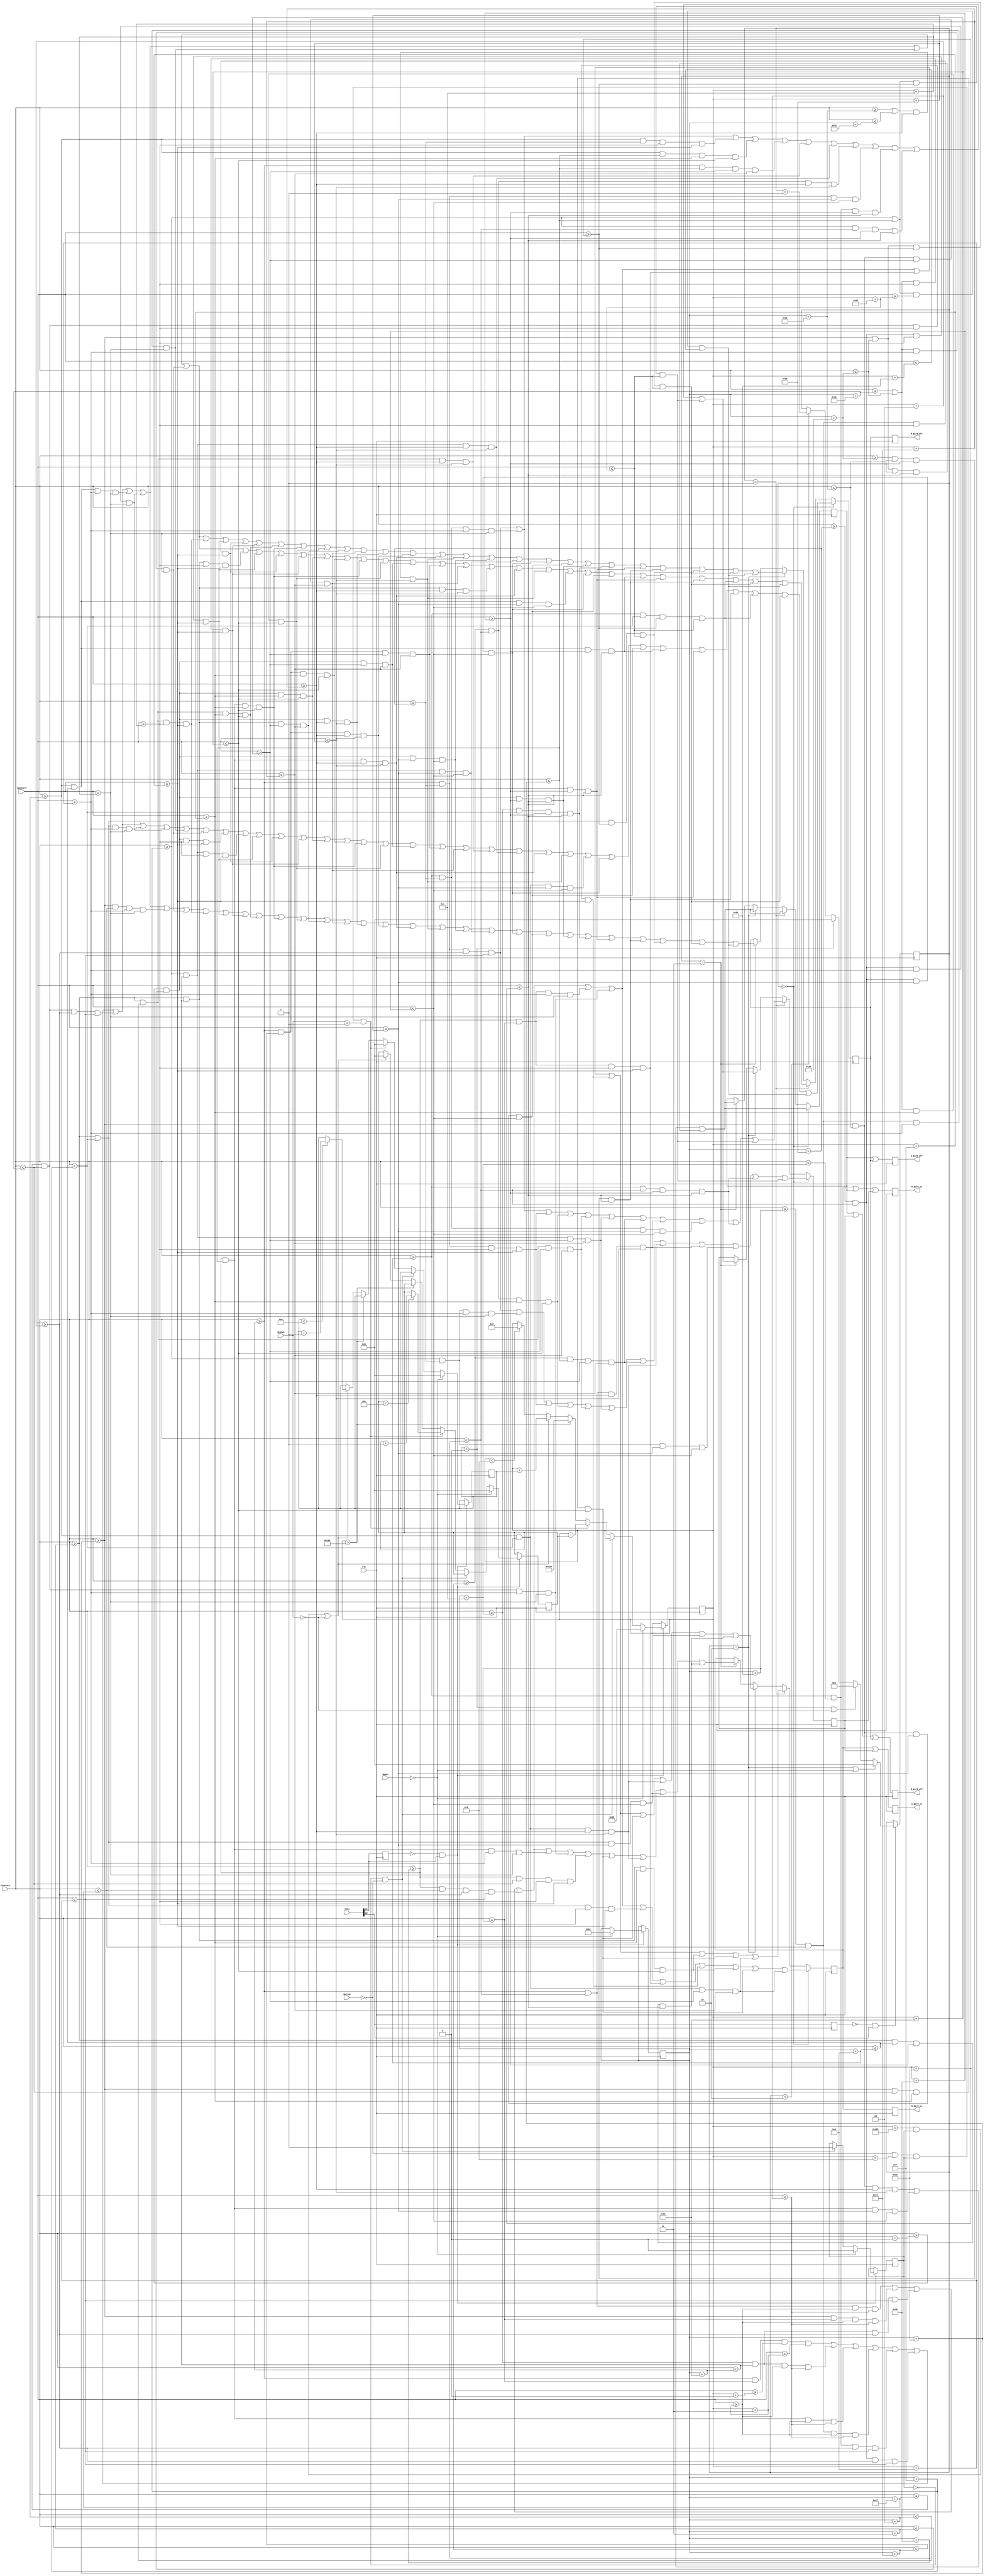
module DrawBird(input clk, input [24:0] Clks,Reset,CounterX,CounterY,Button,Status,output reg R_Bird_on,G_Bird_on,B_Bird_on,R_Bird_off,G_Bird_off,B_Bird_off);
//////////////////////////////////////////////////////////////////////////////////
reg [15:0] BirdPositionX = 100;
reg [15:0] BirdPositionY = 150;
reg [15:0] Gravity = 0;
reg [15:0] ForceUp = 0;
reg [15:0] BirdAnimation = 0;
reg Start = 0;

always @ (posedge clk) begin : bird1
	reg old_clks18;
	old_clks18 <= Clks[18];
	if (~old_clks18 && Clks[18]) begin
		if (!Reset)
		begin
		BirdPositionX <= 100;
		BirdPositionY <= 150;
		Gravity <= 0;
		ForceUp <= 0;
		Start <= 0;
		end
		else if (Start == 0 && !Button) Start <= 1;
		else if (!Button && BirdPositionY > 8 && Start == 1 && Status == 1)
			begin
			Gravity <= 0;
			BirdPositionY <= BirdPositionY - ForceUp;
			if (ForceUp<5) ForceUp <= ForceUp + 1'd1;
		end
		else if (BirdPositionY > 385) BirdPositionY <= 390;
		else if ((BirdPositionY < 390 && Start == 1) || Status == 0)
			begin
			ForceUp <= 0;
			BirdPositionY <= BirdPositionY + Gravity;
			if (Gravity<10) Gravity <= Gravity + 1'd1;
			end
		else if(BirdPositionY < 8) BirdPositionY <= 8;
	end
end
//////////////////////////////////////////////////////////////////////////////////
always @ (posedge clk) begin : bird2
	reg old_clk20;
	old_clk20 <= Clks[20];
	if (~old_clk20 && Clks[20]) begin
		if (BirdAnimation == 2 || !Reset) BirdAnimation <= 0;
		else if (Gravity > 0 && Status == 0) BirdAnimation <= 3;
		else if (Gravity > 0) BirdAnimation <= 0;
		else if (BirdAnimation < 2) BirdAnimation <= BirdAnimation + 1'd1;
	end
end
//////////////////////////////////////////////////////////////////////////////////
reg BirdBlack,BirdWhite,BirdYellow,BirdRed;
always @ (posedge clk)
begin
if (BirdAnimation == 0)
begin
BirdBlack <= (CounterX>=BirdPositionX+18) && (CounterX<=BirdPositionX+36) && (CounterY>=BirdPositionY+0) && (CounterY<=BirdPositionY+3)

||          (CounterX>=BirdPositionX+12) && (CounterX<=BirdPositionX+18) && (CounterY>=BirdPositionY+3) && (CounterY<=BirdPositionY+6)
||          (CounterX>=BirdPositionX+27) && (CounterX<=BirdPositionX+30) && (CounterY>=BirdPositionY+3) && (CounterY<=BirdPositionY+6)
||          (CounterX>=BirdPositionX+36) && (CounterX<=BirdPositionX+39) && (CounterY>=BirdPositionY+3) && (CounterY<=BirdPositionY+6)

||	(CounterX>=BirdPositionX+9) && (CounterX<=BirdPositionX+12) && (CounterY>=BirdPositionY+6) && (CounterY<=BirdPositionY+9)
||	(CounterX>=BirdPositionX+24) && (CounterX<=BirdPositionX+27) && (CounterY>=BirdPositionY+6) && (CounterY<=BirdPositionY+9)
||	(CounterX>=BirdPositionX+39) && (CounterX<=BirdPositionX+42) && (CounterY>=BirdPositionY+6) && (CounterY<=BirdPositionY+9)

||	(CounterX>=BirdPositionX+3) && (CounterX<=BirdPositionX+15) && (CounterY>=BirdPositionY+9) && (CounterY<=BirdPositionY+12)
||	(CounterX>=BirdPositionX+24) && (CounterX<=BirdPositionX+27) && (CounterY>=BirdPositionY+9) && (CounterY<=BirdPositionY+12)
||	(CounterX>=BirdPositionX+36) && (CounterX<=BirdPositionX+39) && (CounterY>=BirdPositionY+9) && (CounterY<=BirdPositionY+12)
||	(CounterX>=BirdPositionX+42) && (CounterX<=BirdPositionX+45) && (CounterY>=BirdPositionY+9) && (CounterY<=BirdPositionY+12)

||	(CounterX>=BirdPositionX+0) && (CounterX<=BirdPositionX+3) && (CounterY>=BirdPositionY+12) && (CounterY<=BirdPositionY+15)
||	(CounterX>=BirdPositionX+15) && (CounterX<=BirdPositionX+18) && (CounterY>=BirdPositionY+12) && (CounterY<=BirdPositionY+15)
||	(CounterX>=BirdPositionX+24) && (CounterX<=BirdPositionX+27) && (CounterY>=BirdPositionY+12) && (CounterY<=BirdPositionY+15)
||	(CounterX>=BirdPositionX+36) && (CounterX<=BirdPositionX+39) && (CounterY>=BirdPositionY+12) && (CounterY<=BirdPositionY+15)
||	(CounterX>=BirdPositionX+42) && (CounterX<=BirdPositionX+45) && (CounterY>=BirdPositionY+12) && (CounterY<=BirdPositionY+15)

||	(CounterX>=BirdPositionX+0) && (CounterX<=BirdPositionX+3) && (CounterY>=BirdPositionY+15) && (CounterY<=BirdPositionY+18)
||	(CounterX>=BirdPositionX+18) && (CounterX<=BirdPositionX+21) && (CounterY>=BirdPositionY+15) && (CounterY<=BirdPositionY+18)
||	(CounterX>=BirdPositionX+27) && (CounterX<=BirdPositionX+30) && (CounterY>=BirdPositionY+15) && (CounterY<=BirdPositionY+18)
||	(CounterX>=BirdPositionX+42) && (CounterX<=BirdPositionX+45) && (CounterY>=BirdPositionY+15) && (CounterY<=BirdPositionY+18)

||	(CounterX>=BirdPositionX+0) && (CounterX<=BirdPositionX+3) && (CounterY>=BirdPositionY+18) && (CounterY<=BirdPositionY+21)
||	(CounterX>=BirdPositionX+18) && (CounterX<=BirdPositionX+21) && (CounterY>=BirdPositionY+18) && (CounterY<=BirdPositionY+21)
||	(CounterX>=BirdPositionX+30) && (CounterX<=BirdPositionX+48) && (CounterY>=BirdPositionY+18) && (CounterY<=BirdPositionY+21)

||	(CounterX>=BirdPositionX+3) && (CounterX<=BirdPositionX+6) && (CounterY>=BirdPositionY+21) && (CounterY<=BirdPositionY+24)
||	(CounterX>=BirdPositionX+15) && (CounterX<=BirdPositionX+18) && (CounterY>=BirdPositionY+21) && (CounterY<=BirdPositionY+24)
||	(CounterX>=BirdPositionX+27) && (CounterX<=BirdPositionX+30) && (CounterY>=BirdPositionY+21) && (CounterY<=BirdPositionY+24)
||	(CounterX>=BirdPositionX+48) && (CounterX<=BirdPositionX+51) && (CounterY>=BirdPositionY+21) && (CounterY<=BirdPositionY+24)

||	(CounterX>=BirdPositionX+6) && (CounterX<=BirdPositionX+15) && (CounterY>=BirdPositionY+24) && (CounterY<=BirdPositionY+27)
||	(CounterX>=BirdPositionX+24) && (CounterX<=BirdPositionX+27) && (CounterY>=BirdPositionY+24) && (CounterY<=BirdPositionY+27)
||	(CounterX>=BirdPositionX+30) && (CounterX<=BirdPositionX+48) && (CounterY>=BirdPositionY+24) && (CounterY<=BirdPositionY+27)

||	(CounterX>=BirdPositionX+6) && (CounterX<=BirdPositionX+9) && (CounterY>=BirdPositionY+27) && (CounterY<=BirdPositionY+30)
||	(CounterX>=BirdPositionX+27) && (CounterX<=BirdPositionX+30) && (CounterY>=BirdPositionY+27) && (CounterY<=BirdPositionY+30)
||	(CounterX>=BirdPositionX+45) && (CounterX<=BirdPositionX+48) && (CounterY>=BirdPositionY+27) && (CounterY<=BirdPositionY+30)

||	(CounterX>=BirdPositionX+9) && (CounterX<=BirdPositionX+15) && (CounterY>=BirdPositionY+30) && (CounterY<=BirdPositionY+33)
||	(CounterX>=BirdPositionX+30) && (CounterX<=BirdPositionX+45) && (CounterY>=BirdPositionY+30) && (CounterY<=BirdPositionY+33)

||	(CounterX>=BirdPositionX+15) && (CounterX<=BirdPositionX+30) && (CounterY>=BirdPositionY+33) && (CounterY<=BirdPositionY+36);

BirdWhite <= (CounterX>=BirdPositionX+18) && (CounterX<=BirdPositionX+27) && (CounterY>=BirdPositionY+3) && (CounterY<=BirdPositionY+6)
||          (CounterX>=BirdPositionX+30) && (CounterX<=BirdPositionX+36) && (CounterY>=BirdPositionY+3) && (CounterY<=BirdPositionY+6)

||          (CounterX>=BirdPositionX+12) && (CounterX<=BirdPositionX+18) && (CounterY>=BirdPositionY+6) && (CounterY<=BirdPositionY+9)
||          (CounterX>=BirdPositionX+27) && (CounterX<=BirdPositionX+39) && (CounterY>=BirdPositionY+6) && (CounterY<=BirdPositionY+9)

||          (CounterX>=BirdPositionX+27) && (CounterX<=BirdPositionX+36) && (CounterY>=BirdPositionY+9) && (CounterY<=BirdPositionY+12)
||          (CounterX>=BirdPositionX+39) && (CounterX<=BirdPositionX+42) && (CounterY>=BirdPositionY+9) && (CounterY<=BirdPositionY+12)

||          (CounterX>=BirdPositionX+3) && (CounterX<=BirdPositionX+15) && (CounterY>=BirdPositionY+12) && (CounterY<=BirdPositionY+15)
||          (CounterX>=BirdPositionX+27) && (CounterX<=BirdPositionX+36) && (CounterY>=BirdPositionY+12) && (CounterY<=BirdPositionY+15)
||          (CounterX>=BirdPositionX+39) && (CounterX<=BirdPositionX+42) && (CounterY>=BirdPositionY+12) && (CounterY<=BirdPositionY+15)

||          (CounterX>=BirdPositionX+3) && (CounterX<=BirdPositionX+18) && (CounterY>=BirdPositionY+15) && (CounterY<=BirdPositionY+18)
||          (CounterX>=BirdPositionX+30) && (CounterX<=BirdPositionX+42) && (CounterY>=BirdPositionY+15) && (CounterY<=BirdPositionY+18)

||          (CounterX>=BirdPositionX+6) && (CounterX<=BirdPositionX+15) && (CounterY>=BirdPositionY+18) && (CounterY<=BirdPositionY+21);

BirdYellow <= (CounterX>=BirdPositionX+18) && (CounterX<=BirdPositionX+24) && (CounterY>=BirdPositionY+6) && (CounterY<=BirdPositionY+9)

||          (CounterX>=BirdPositionX+15) && (CounterX<=BirdPositionX+24) && (CounterY>=BirdPositionY+9) && (CounterY<=BirdPositionY+12)

||          (CounterX>=BirdPositionX+18) && (CounterX<=BirdPositionX+24) && (CounterY>=BirdPositionY+12) && (CounterY<=BirdPositionY+15)

||          (CounterX>=BirdPositionX+21) && (CounterX<=BirdPositionX+27) && (CounterY>=BirdPositionY+15) && (CounterY<=BirdPositionY+18)

||          (CounterX>=BirdPositionX+3) && (CounterX<=BirdPositionX+6) && (CounterY>=BirdPositionY+18) && (CounterY<=BirdPositionY+21)
||          (CounterX>=BirdPositionX+15) && (CounterX<=BirdPositionX+18) && (CounterY>=BirdPositionY+18) && (CounterY<=BirdPositionY+21)
||          (CounterX>=BirdPositionX+21) && (CounterX<=BirdPositionX+30) && (CounterY>=BirdPositionY+18) && (CounterY<=BirdPositionY+21)

||          (CounterX>=BirdPositionX+6) && (CounterX<=BirdPositionX+15) && (CounterY>=BirdPositionY+21) && (CounterY<=BirdPositionY+24)
||          (CounterX>=BirdPositionX+18) && (CounterX<=BirdPositionX+27) && (CounterY>=BirdPositionY+21) && (CounterY<=BirdPositionY+24)

||          (CounterX>=BirdPositionX+15) && (CounterX<=BirdPositionX+24) && (CounterY>=BirdPositionY+24) && (CounterY<=BirdPositionY+27)

||          (CounterX>=BirdPositionX+9) && (CounterX<=BirdPositionX+27) && (CounterY>=BirdPositionY+27) && (CounterY<=BirdPositionY+30)

||          (CounterX>=BirdPositionX+15) && (CounterX<=BirdPositionX+30) && (CounterY>=BirdPositionY+30) && (CounterY<=BirdPositionY+33);

BirdRed <= (CounterX>=BirdPositionX+30) && (CounterX<=BirdPositionX+48) && (CounterY>=BirdPositionY+21) && (CounterY<=BirdPositionY+24)

||          (CounterX>=BirdPositionX+27) && (CounterX<=BirdPositionX+30) && (CounterY>=BirdPositionY+24) && (CounterY<=BirdPositionY+27)

||          (CounterX>=BirdPositionX+30) && (CounterX<=BirdPositionX+45) && (CounterY>=BirdPositionY+27) && (CounterY<=BirdPositionY+30);
end

///////////////////////////////////////////////////////////////////////////////////////////////////////////////////////////////////////////

else if (BirdAnimation == 1)
begin
BirdBlack <= (CounterX>=BirdPositionX+18) && (CounterX<=BirdPositionX+36) && (CounterY>=BirdPositionY+0) && (CounterY<=BirdPositionY+3)

||          (CounterX>=BirdPositionX+12) && (CounterX<=BirdPositionX+18) && (CounterY>=BirdPositionY+3) && (CounterY<=BirdPositionY+6)
||          (CounterX>=BirdPositionX+27) && (CounterX<=BirdPositionX+30) && (CounterY>=BirdPositionY+3) && (CounterY<=BirdPositionY+6)
||          (CounterX>=BirdPositionX+36) && (CounterX<=BirdPositionX+39) && (CounterY>=BirdPositionY+3) && (CounterY<=BirdPositionY+6)

||	(CounterX>=BirdPositionX+9) && (CounterX<=BirdPositionX+12) && (CounterY>=BirdPositionY+6) && (CounterY<=BirdPositionY+9)
||	(CounterX>=BirdPositionX+24) && (CounterX<=BirdPositionX+27) && (CounterY>=BirdPositionY+6) && (CounterY<=BirdPositionY+9)
||	(CounterX>=BirdPositionX+39) && (CounterX<=BirdPositionX+42) && (CounterY>=BirdPositionY+6) && (CounterY<=BirdPositionY+9)

||	(CounterX>=BirdPositionX+6) && (CounterX<=BirdPositionX+9) && (CounterY>=BirdPositionY+9) && (CounterY<=BirdPositionY+12)
||	(CounterX>=BirdPositionX+24) && (CounterX<=BirdPositionX+27) && (CounterY>=BirdPositionY+9) && (CounterY<=BirdPositionY+12)
||	(CounterX>=BirdPositionX+36) && (CounterX<=BirdPositionX+39) && (CounterY>=BirdPositionY+9) && (CounterY<=BirdPositionY+12)
||	(CounterX>=BirdPositionX+42) && (CounterX<=BirdPositionX+45) && (CounterY>=BirdPositionY+9) && (CounterY<=BirdPositionY+12)

||	(CounterX>=BirdPositionX+3) && (CounterX<=BirdPositionX+18) && (CounterY>=BirdPositionY+12) && (CounterY<=BirdPositionY+15)
||	(CounterX>=BirdPositionX+24) && (CounterX<=BirdPositionX+27) && (CounterY>=BirdPositionY+12) && (CounterY<=BirdPositionY+15)
||	(CounterX>=BirdPositionX+36) && (CounterX<=BirdPositionX+39) && (CounterY>=BirdPositionY+12) && (CounterY<=BirdPositionY+15)
||	(CounterX>=BirdPositionX+42) && (CounterX<=BirdPositionX+45) && (CounterY>=BirdPositionY+12) && (CounterY<=BirdPositionY+15)

||	(CounterX>=BirdPositionX+0) && (CounterX<=BirdPositionX+3) && (CounterY>=BirdPositionY+15) && (CounterY<=BirdPositionY+18)
||	(CounterX>=BirdPositionX+18) && (CounterX<=BirdPositionX+21) && (CounterY>=BirdPositionY+15) && (CounterY<=BirdPositionY+18)
||	(CounterX>=BirdPositionX+27) && (CounterX<=BirdPositionX+30) && (CounterY>=BirdPositionY+15) && (CounterY<=BirdPositionY+18)
||	(CounterX>=BirdPositionX+42) && (CounterX<=BirdPositionX+45) && (CounterY>=BirdPositionY+15) && (CounterY<=BirdPositionY+18)

||	(CounterX>=BirdPositionX+0) && (CounterX<=BirdPositionX+3) && (CounterY>=BirdPositionY+18) && (CounterY<=BirdPositionY+21)
||	(CounterX>=BirdPositionX+18) && (CounterX<=BirdPositionX+21) && (CounterY>=BirdPositionY+18) && (CounterY<=BirdPositionY+21)
||	(CounterX>=BirdPositionX+30) && (CounterX<=BirdPositionX+48) && (CounterY>=BirdPositionY+18) && (CounterY<=BirdPositionY+21)

||	(CounterX>=BirdPositionX+3) && (CounterX<=BirdPositionX+18) && (CounterY>=BirdPositionY+21) && (CounterY<=BirdPositionY+24)
||	(CounterX>=BirdPositionX+27) && (CounterX<=BirdPositionX+30) && (CounterY>=BirdPositionY+21) && (CounterY<=BirdPositionY+24)
||	(CounterX>=BirdPositionX+48) && (CounterX<=BirdPositionX+51) && (CounterY>=BirdPositionY+21) && (CounterY<=BirdPositionY+24)

||	(CounterX>=BirdPositionX+6) && (CounterX<=BirdPositionX+9) && (CounterY>=BirdPositionY+24) && (CounterY<=BirdPositionY+27)
||	(CounterX>=BirdPositionX+24) && (CounterX<=BirdPositionX+27) && (CounterY>=BirdPositionY+24) && (CounterY<=BirdPositionY+27)
||	(CounterX>=BirdPositionX+30) && (CounterX<=BirdPositionX+48) && (CounterY>=BirdPositionY+24) && (CounterY<=BirdPositionY+27)

||	(CounterX>=BirdPositionX+6) && (CounterX<=BirdPositionX+9) && (CounterY>=BirdPositionY+27) && (CounterY<=BirdPositionY+30)
||	(CounterX>=BirdPositionX+27) && (CounterX<=BirdPositionX+30) && (CounterY>=BirdPositionY+27) && (CounterY<=BirdPositionY+30)
||	(CounterX>=BirdPositionX+45) && (CounterX<=BirdPositionX+48) && (CounterY>=BirdPositionY+27) && (CounterY<=BirdPositionY+30)

||	(CounterX>=BirdPositionX+9) && (CounterX<=BirdPositionX+15) && (CounterY>=BirdPositionY+30) && (CounterY<=BirdPositionY+33)
||	(CounterX>=BirdPositionX+30) && (CounterX<=BirdPositionX+45) && (CounterY>=BirdPositionY+30) && (CounterY<=BirdPositionY+33)

||	(CounterX>=BirdPositionX+15) && (CounterX<=BirdPositionX+30) && (CounterY>=BirdPositionY+33) && (CounterY<=BirdPositionY+36);

BirdWhite <= (CounterX>=BirdPositionX+18) && (CounterX<=BirdPositionX+27) && (CounterY>=BirdPositionY+3) && (CounterY<=BirdPositionY+6)
||          (CounterX>=BirdPositionX+30) && (CounterX<=BirdPositionX+36) && (CounterY>=BirdPositionY+3) && (CounterY<=BirdPositionY+6)

||          (CounterX>=BirdPositionX+12) && (CounterX<=BirdPositionX+18) && (CounterY>=BirdPositionY+6) && (CounterY<=BirdPositionY+9)
||          (CounterX>=BirdPositionX+27) && (CounterX<=BirdPositionX+39) && (CounterY>=BirdPositionY+6) && (CounterY<=BirdPositionY+9)

||          (CounterX>=BirdPositionX+27) && (CounterX<=BirdPositionX+36) && (CounterY>=BirdPositionY+9) && (CounterY<=BirdPositionY+12)
||          (CounterX>=BirdPositionX+39) && (CounterX<=BirdPositionX+42) && (CounterY>=BirdPositionY+9) && (CounterY<=BirdPositionY+12)

||          (CounterX>=BirdPositionX+27) && (CounterX<=BirdPositionX+36) && (CounterY>=BirdPositionY+12) && (CounterY<=BirdPositionY+15)
||          (CounterX>=BirdPositionX+39) && (CounterX<=BirdPositionX+42) && (CounterY>=BirdPositionY+12) && (CounterY<=BirdPositionY+15)

||          (CounterX>=BirdPositionX+3) && (CounterX<=BirdPositionX+18) && (CounterY>=BirdPositionY+15) && (CounterY<=BirdPositionY+18)
||          (CounterX>=BirdPositionX+30) && (CounterX<=BirdPositionX+42) && (CounterY>=BirdPositionY+15) && (CounterY<=BirdPositionY+18)

||          (CounterX>=BirdPositionX+6) && (CounterX<=BirdPositionX+15) && (CounterY>=BirdPositionY+18) && (CounterY<=BirdPositionY+21);

BirdYellow <= (CounterX>=BirdPositionX+18) && (CounterX<=BirdPositionX+24) && (CounterY>=BirdPositionY+6) && (CounterY<=BirdPositionY+9)

||          (CounterX>=BirdPositionX+9) && (CounterX<=BirdPositionX+24) && (CounterY>=BirdPositionY+9) && (CounterY<=BirdPositionY+12)

||          (CounterX>=BirdPositionX+18) && (CounterX<=BirdPositionX+24) && (CounterY>=BirdPositionY+12) && (CounterY<=BirdPositionY+15)

||          (CounterX>=BirdPositionX+21) && (CounterX<=BirdPositionX+27) && (CounterY>=BirdPositionY+15) && (CounterY<=BirdPositionY+18)

||          (CounterX>=BirdPositionX+3) && (CounterX<=BirdPositionX+6) && (CounterY>=BirdPositionY+18) && (CounterY<=BirdPositionY+21)
||          (CounterX>=BirdPositionX+15) && (CounterX<=BirdPositionX+18) && (CounterY>=BirdPositionY+18) && (CounterY<=BirdPositionY+21)
||          (CounterX>=BirdPositionX+21) && (CounterX<=BirdPositionX+30) && (CounterY>=BirdPositionY+18) && (CounterY<=BirdPositionY+21)

||          (CounterX>=BirdPositionX+18) && (CounterX<=BirdPositionX+27) && (CounterY>=BirdPositionY+21) && (CounterY<=BirdPositionY+24)

||          (CounterX>=BirdPositionX+9) && (CounterX<=BirdPositionX+24) && (CounterY>=BirdPositionY+24) && (CounterY<=BirdPositionY+27)

||          (CounterX>=BirdPositionX+9) && (CounterX<=BirdPositionX+27) && (CounterY>=BirdPositionY+27) && (CounterY<=BirdPositionY+30)

||          (CounterX>=BirdPositionX+15) && (CounterX<=BirdPositionX+30) && (CounterY>=BirdPositionY+30) && (CounterY<=BirdPositionY+33);

BirdRed <= (CounterX>=BirdPositionX+30) && (CounterX<=BirdPositionX+48) && (CounterY>=BirdPositionY+21) && (CounterY<=BirdPositionY+24)

||          (CounterX>=BirdPositionX+27) && (CounterX<=BirdPositionX+30) && (CounterY>=BirdPositionY+24) && (CounterY<=BirdPositionY+27)

||          (CounterX>=BirdPositionX+30) && (CounterX<=BirdPositionX+45) && (CounterY>=BirdPositionY+27) && (CounterY<=BirdPositionY+30);
end

////////////////////////////////////////////////////////////////////////////////////////////////////////////////////////////////////////////
else if (BirdAnimation==2)begin
BirdBlack <= (CounterX>=BirdPositionX+18) && (CounterX<=BirdPositionX+36) && (CounterY>=BirdPositionY+0) && (CounterY<=BirdPositionY+3)

||          (CounterX>=BirdPositionX+12) && (CounterX<=BirdPositionX+18) && (CounterY>=BirdPositionY+3) && (CounterY<=BirdPositionY+6)
||          (CounterX>=BirdPositionX+27) && (CounterX<=BirdPositionX+30) && (CounterY>=BirdPositionY+3) && (CounterY<=BirdPositionY+6)
||          (CounterX>=BirdPositionX+36) && (CounterX<=BirdPositionX+39) && (CounterY>=BirdPositionY+3) && (CounterY<=BirdPositionY+6)

||	(CounterX>=BirdPositionX+9) && (CounterX<=BirdPositionX+12) && (CounterY>=BirdPositionY+6) && (CounterY<=BirdPositionY+9)
||	(CounterX>=BirdPositionX+24) && (CounterX<=BirdPositionX+27) && (CounterY>=BirdPositionY+6) && (CounterY<=BirdPositionY+9)
||	(CounterX>=BirdPositionX+39) && (CounterX<=BirdPositionX+42) && (CounterY>=BirdPositionY+6) && (CounterY<=BirdPositionY+9)

||	(CounterX>=BirdPositionX+6) && (CounterX<=BirdPositionX+9) && (CounterY>=BirdPositionY+9) && (CounterY<=BirdPositionY+12)
||	(CounterX>=BirdPositionX+24) && (CounterX<=BirdPositionX+27) && (CounterY>=BirdPositionY+9) && (CounterY<=BirdPositionY+12)
||	(CounterX>=BirdPositionX+36) && (CounterX<=BirdPositionX+39) && (CounterY>=BirdPositionY+9) && (CounterY<=BirdPositionY+12)
||	(CounterX>=BirdPositionX+42) && (CounterX<=BirdPositionX+45) && (CounterY>=BirdPositionY+9) && (CounterY<=BirdPositionY+12)

||	(CounterX>=BirdPositionX+3) && (CounterX<=BirdPositionX+6) && (CounterY>=BirdPositionY+12) && (CounterY<=BirdPositionY+15)
||	(CounterX>=BirdPositionX+24) && (CounterX<=BirdPositionX+27) && (CounterY>=BirdPositionY+12) && (CounterY<=BirdPositionY+15)
||	(CounterX>=BirdPositionX+36) && (CounterX<=BirdPositionX+39) && (CounterY>=BirdPositionY+12) && (CounterY<=BirdPositionY+15)
||	(CounterX>=BirdPositionX+42) && (CounterX<=BirdPositionX+45) && (CounterY>=BirdPositionY+12) && (CounterY<=BirdPositionY+15)

||	(CounterX>=BirdPositionX+3) && (CounterX<=BirdPositionX+6) && (CounterY>=BirdPositionY+15) && (CounterY<=BirdPositionY+18)
||	(CounterX>=BirdPositionX+27) && (CounterX<=BirdPositionX+30) && (CounterY>=BirdPositionY+15) && (CounterY<=BirdPositionY+18)
||	(CounterX>=BirdPositionX+42) && (CounterX<=BirdPositionX+45) && (CounterY>=BirdPositionY+15) && (CounterY<=BirdPositionY+18)

||	(CounterX>=BirdPositionX+3) && (CounterX<=BirdPositionX+18) && (CounterY>=BirdPositionY+18) && (CounterY<=BirdPositionY+21)
||	(CounterX>=BirdPositionX+30) && (CounterX<=BirdPositionX+48) && (CounterY>=BirdPositionY+18) && (CounterY<=BirdPositionY+21)

||	(CounterX>=BirdPositionX+0) && (CounterX<=BirdPositionX+3) && (CounterY>=BirdPositionY+21) && (CounterY<=BirdPositionY+24)
||	(CounterX>=BirdPositionX+18) && (CounterX<=BirdPositionX+21) && (CounterY>=BirdPositionY+21) && (CounterY<=BirdPositionY+24)
||	(CounterX>=BirdPositionX+27) && (CounterX<=BirdPositionX+30) && (CounterY>=BirdPositionY+21) && (CounterY<=BirdPositionY+24)
||	(CounterX>=BirdPositionX+48) && (CounterX<=BirdPositionX+51) && (CounterY>=BirdPositionY+21) && (CounterY<=BirdPositionY+24)

||	(CounterX>=BirdPositionX+0) && (CounterX<=BirdPositionX+3) && (CounterY>=BirdPositionY+24) && (CounterY<=BirdPositionY+27)
||	(CounterX>=BirdPositionX+15) && (CounterX<=BirdPositionX+18) && (CounterY>=BirdPositionY+24) && (CounterY<=BirdPositionY+27)
||	(CounterX>=BirdPositionX+24) && (CounterX<=BirdPositionX+27) && (CounterY>=BirdPositionY+24) && (CounterY<=BirdPositionY+27)
||	(CounterX>=BirdPositionX+30) && (CounterX<=BirdPositionX+48) && (CounterY>=BirdPositionY+24) && (CounterY<=BirdPositionY+27)

||	(CounterX>=BirdPositionX+0) && (CounterX<=BirdPositionX+3) && (CounterY>=BirdPositionY+27) && (CounterY<=BirdPositionY+30)
||	(CounterX>=BirdPositionX+12) && (CounterX<=BirdPositionX+15) && (CounterY>=BirdPositionY+27) && (CounterY<=BirdPositionY+30)
||	(CounterX>=BirdPositionX+27) && (CounterX<=BirdPositionX+30) && (CounterY>=BirdPositionY+27) && (CounterY<=BirdPositionY+30)
||	(CounterX>=BirdPositionX+45) && (CounterX<=BirdPositionX+48) && (CounterY>=BirdPositionY+27) && (CounterY<=BirdPositionY+30)

||	(CounterX>=BirdPositionX+3) && (CounterX<=BirdPositionX+15) && (CounterY>=BirdPositionY+30) && (CounterY<=BirdPositionY+33)
||	(CounterX>=BirdPositionX+30) && (CounterX<=BirdPositionX+45) && (CounterY>=BirdPositionY+30) && (CounterY<=BirdPositionY+33)

||	(CounterX>=BirdPositionX+15) && (CounterX<=BirdPositionX+30) && (CounterY>=BirdPositionY+33) && (CounterY<=BirdPositionY+36);

BirdWhite <= (CounterX>=BirdPositionX+18) && (CounterX<=BirdPositionX+27) && (CounterY>=BirdPositionY+3) && (CounterY<=BirdPositionY+6)
||          (CounterX>=BirdPositionX+30) && (CounterX<=BirdPositionX+36) && (CounterY>=BirdPositionY+3) && (CounterY<=BirdPositionY+6)

||          (CounterX>=BirdPositionX+12) && (CounterX<=BirdPositionX+18) && (CounterY>=BirdPositionY+6) && (CounterY<=BirdPositionY+9)
||          (CounterX>=BirdPositionX+27) && (CounterX<=BirdPositionX+39) && (CounterY>=BirdPositionY+6) && (CounterY<=BirdPositionY+9)

||          (CounterX>=BirdPositionX+27) && (CounterX<=BirdPositionX+36) && (CounterY>=BirdPositionY+9) && (CounterY<=BirdPositionY+12)
||          (CounterX>=BirdPositionX+39) && (CounterX<=BirdPositionX+42) && (CounterY>=BirdPositionY+9) && (CounterY<=BirdPositionY+12)

||          (CounterX>=BirdPositionX+27) && (CounterX<=BirdPositionX+36) && (CounterY>=BirdPositionY+12) && (CounterY<=BirdPositionY+15)
||          (CounterX>=BirdPositionX+39) && (CounterX<=BirdPositionX+42) && (CounterY>=BirdPositionY+12) && (CounterY<=BirdPositionY+15)

||          (CounterX>=BirdPositionX+30) && (CounterX<=BirdPositionX+42) && (CounterY>=BirdPositionY+15) && (CounterY<=BirdPositionY+18)

||          (CounterX>=BirdPositionX+6) && (CounterX<=BirdPositionX+15) && (CounterY>=BirdPositionY+21) && (CounterY<=BirdPositionY+24)

||          (CounterX>=BirdPositionX+3) && (CounterX<=BirdPositionX+15) && (CounterY>=BirdPositionY+24) && (CounterY<=BirdPositionY+27)

||          (CounterX>=BirdPositionX+3) && (CounterX<=BirdPositionX+9) && (CounterY>=BirdPositionY+27) && (CounterY<=BirdPositionY+30);

BirdYellow <= (CounterX>=BirdPositionX+18) && (CounterX<=BirdPositionX+24) && (CounterY>=BirdPositionY+6) && (CounterY<=BirdPositionY+9)

||          (CounterX>=BirdPositionX+9) && (CounterX<=BirdPositionX+24) && (CounterY>=BirdPositionY+9) && (CounterY<=BirdPositionY+12)

||          (CounterX>=BirdPositionX+6) && (CounterX<=BirdPositionX+24) && (CounterY>=BirdPositionY+12) && (CounterY<=BirdPositionY+15)

||          (CounterX>=BirdPositionX+6) && (CounterX<=BirdPositionX+30) && (CounterY>=BirdPositionY+15) && (CounterY<=BirdPositionY+18)

||          (CounterX>=BirdPositionX+18) && (CounterX<=BirdPositionX+30) && (CounterY>=BirdPositionY+18) && (CounterY<=BirdPositionY+21)

||          (CounterX>=BirdPositionX+3) && (CounterX<=BirdPositionX+6) && (CounterY>=BirdPositionY+21) && (CounterY<=BirdPositionY+24)
||          (CounterX>=BirdPositionX+15) && (CounterX<=BirdPositionX+18) && (CounterY>=BirdPositionY+21) && (CounterY<=BirdPositionY+24)
||          (CounterX>=BirdPositionX+21) && (CounterX<=BirdPositionX+27) && (CounterY>=BirdPositionY+21) && (CounterY<=BirdPositionY+24)

||          (CounterX>=BirdPositionX+18) && (CounterX<=BirdPositionX+24) && (CounterY>=BirdPositionY+24) && (CounterY<=BirdPositionY+27)

||          (CounterX>=BirdPositionX+9) && (CounterX<=BirdPositionX+12) && (CounterY>=BirdPositionY+27) && (CounterY<=BirdPositionY+30)
||          (CounterX>=BirdPositionX+15) && (CounterX<=BirdPositionX+27) && (CounterY>=BirdPositionY+27) && (CounterY<=BirdPositionY+30)

||          (CounterX>=BirdPositionX+15) && (CounterX<=BirdPositionX+30) && (CounterY>=BirdPositionY+30) && (CounterY<=BirdPositionY+33);

BirdRed <= (CounterX>=BirdPositionX+30) && (CounterX<=BirdPositionX+48) && (CounterY>=BirdPositionY+21) && (CounterY<=BirdPositionY+24)

||          (CounterX>=BirdPositionX+27) && (CounterX<=BirdPositionX+30) && (CounterY>=BirdPositionY+24) && (CounterY<=BirdPositionY+27)

||          (CounterX>=BirdPositionX+30) && (CounterX<=BirdPositionX+45) && (CounterY>=BirdPositionY+27) && (CounterY<=BirdPositionY+30);
end

else if (BirdAnimation==3)begin
BirdBlack <= (CounterX>=BirdPositionX+18) && (CounterX<=BirdPositionX+36) && (CounterY>=BirdPositionY+0) && (CounterY<=BirdPositionY+3)

||          (CounterX>=BirdPositionX+12) && (CounterX<=BirdPositionX+18) && (CounterY>=BirdPositionY+3) && (CounterY<=BirdPositionY+6)
||          (CounterX>=BirdPositionX+27) && (CounterX<=BirdPositionX+30) && (CounterY>=BirdPositionY+3) && (CounterY<=BirdPositionY+6)
||          (CounterX>=BirdPositionX+36) && (CounterX<=BirdPositionX+39) && (CounterY>=BirdPositionY+3) && (CounterY<=BirdPositionY+6)

||	(CounterX>=BirdPositionX+9) && (CounterX<=BirdPositionX+12) && (CounterY>=BirdPositionY+6) && (CounterY<=BirdPositionY+9)
||	(CounterX>=BirdPositionX+24) && (CounterX<=BirdPositionX+27) && (CounterY>=BirdPositionY+6) && (CounterY<=BirdPositionY+9)
||	(CounterX>=BirdPositionX+39) && (CounterX<=BirdPositionX+42) && (CounterY>=BirdPositionY+6) && (CounterY<=BirdPositionY+9)

||	(CounterX>=BirdPositionX+6) && (CounterX<=BirdPositionX+9) && (CounterY>=BirdPositionY+9) && (CounterY<=BirdPositionY+12)
||	(CounterX>=BirdPositionX+24) && (CounterX<=BirdPositionX+27) && (CounterY>=BirdPositionY+9) && (CounterY<=BirdPositionY+12)
||	(CounterX>=BirdPositionX+30) && (CounterX<=BirdPositionX+39) && (CounterY>=BirdPositionY+9) && (CounterY<=BirdPositionY+12)
||	(CounterX>=BirdPositionX+42) && (CounterX<=BirdPositionX+45) && (CounterY>=BirdPositionY+9) && (CounterY<=BirdPositionY+12)

||	(CounterX>=BirdPositionX+3) && (CounterX<=BirdPositionX+6) && (CounterY>=BirdPositionY+12) && (CounterY<=BirdPositionY+15)
||	(CounterX>=BirdPositionX+24) && (CounterX<=BirdPositionX+27) && (CounterY>=BirdPositionY+12) && (CounterY<=BirdPositionY+15)
||	(CounterX>=BirdPositionX+42) && (CounterX<=BirdPositionX+45) && (CounterY>=BirdPositionY+12) && (CounterY<=BirdPositionY+15)

||	(CounterX>=BirdPositionX+3) && (CounterX<=BirdPositionX+6) && (CounterY>=BirdPositionY+15) && (CounterY<=BirdPositionY+18)
||	(CounterX>=BirdPositionX+27) && (CounterX<=BirdPositionX+30) && (CounterY>=BirdPositionY+15) && (CounterY<=BirdPositionY+18)
||	(CounterX>=BirdPositionX+42) && (CounterX<=BirdPositionX+45) && (CounterY>=BirdPositionY+15) && (CounterY<=BirdPositionY+18)

||	(CounterX>=BirdPositionX+3) && (CounterX<=BirdPositionX+18) && (CounterY>=BirdPositionY+18) && (CounterY<=BirdPositionY+21)
||	(CounterX>=BirdPositionX+30) && (CounterX<=BirdPositionX+48) && (CounterY>=BirdPositionY+18) && (CounterY<=BirdPositionY+21)

||	(CounterX>=BirdPositionX+0) && (CounterX<=BirdPositionX+3) && (CounterY>=BirdPositionY+21) && (CounterY<=BirdPositionY+24)
||	(CounterX>=BirdPositionX+18) && (CounterX<=BirdPositionX+21) && (CounterY>=BirdPositionY+21) && (CounterY<=BirdPositionY+24)
||	(CounterX>=BirdPositionX+27) && (CounterX<=BirdPositionX+30) && (CounterY>=BirdPositionY+21) && (CounterY<=BirdPositionY+24)
||	(CounterX>=BirdPositionX+48) && (CounterX<=BirdPositionX+51) && (CounterY>=BirdPositionY+21) && (CounterY<=BirdPositionY+24)

||	(CounterX>=BirdPositionX+0) && (CounterX<=BirdPositionX+3) && (CounterY>=BirdPositionY+24) && (CounterY<=BirdPositionY+27)
||	(CounterX>=BirdPositionX+15) && (CounterX<=BirdPositionX+18) && (CounterY>=BirdPositionY+24) && (CounterY<=BirdPositionY+27)
||	(CounterX>=BirdPositionX+24) && (CounterX<=BirdPositionX+27) && (CounterY>=BirdPositionY+24) && (CounterY<=BirdPositionY+27)
||	(CounterX>=BirdPositionX+30) && (CounterX<=BirdPositionX+48) && (CounterY>=BirdPositionY+24) && (CounterY<=BirdPositionY+27)

||	(CounterX>=BirdPositionX+0) && (CounterX<=BirdPositionX+3) && (CounterY>=BirdPositionY+27) && (CounterY<=BirdPositionY+30)
||	(CounterX>=BirdPositionX+12) && (CounterX<=BirdPositionX+15) && (CounterY>=BirdPositionY+27) && (CounterY<=BirdPositionY+30)
||	(CounterX>=BirdPositionX+27) && (CounterX<=BirdPositionX+30) && (CounterY>=BirdPositionY+27) && (CounterY<=BirdPositionY+30)
||	(CounterX>=BirdPositionX+45) && (CounterX<=BirdPositionX+48) && (CounterY>=BirdPositionY+27) && (CounterY<=BirdPositionY+30)

||	(CounterX>=BirdPositionX+3) && (CounterX<=BirdPositionX+15) && (CounterY>=BirdPositionY+30) && (CounterY<=BirdPositionY+33)
||	(CounterX>=BirdPositionX+30) && (CounterX<=BirdPositionX+45) && (CounterY>=BirdPositionY+30) && (CounterY<=BirdPositionY+33)

||	(CounterX>=BirdPositionX+15) && (CounterX<=BirdPositionX+30) && (CounterY>=BirdPositionY+33) && (CounterY<=BirdPositionY+36);

BirdWhite <= (CounterX>=BirdPositionX+18) && (CounterX<=BirdPositionX+27) && (CounterY>=BirdPositionY+3) && (CounterY<=BirdPositionY+6)
||          (CounterX>=BirdPositionX+30) && (CounterX<=BirdPositionX+36) && (CounterY>=BirdPositionY+3) && (CounterY<=BirdPositionY+6)

||          (CounterX>=BirdPositionX+12) && (CounterX<=BirdPositionX+18) && (CounterY>=BirdPositionY+6) && (CounterY<=BirdPositionY+9)
||          (CounterX>=BirdPositionX+27) && (CounterX<=BirdPositionX+39) && (CounterY>=BirdPositionY+6) && (CounterY<=BirdPositionY+9)

||          (CounterX>=BirdPositionX+27) && (CounterX<=BirdPositionX+30) && (CounterY>=BirdPositionY+9) && (CounterY<=BirdPositionY+12)
||          (CounterX>=BirdPositionX+39) && (CounterX<=BirdPositionX+42) && (CounterY>=BirdPositionY+9) && (CounterY<=BirdPositionY+12)

||          (CounterX>=BirdPositionX+27) && (CounterX<=BirdPositionX+42) && (CounterY>=BirdPositionY+12) && (CounterY<=BirdPositionY+15)

||          (CounterX>=BirdPositionX+30) && (CounterX<=BirdPositionX+42) && (CounterY>=BirdPositionY+15) && (CounterY<=BirdPositionY+18)

||          (CounterX>=BirdPositionX+6) && (CounterX<=BirdPositionX+15) && (CounterY>=BirdPositionY+21) && (CounterY<=BirdPositionY+24)

||          (CounterX>=BirdPositionX+3) && (CounterX<=BirdPositionX+15) && (CounterY>=BirdPositionY+24) && (CounterY<=BirdPositionY+27)

||          (CounterX>=BirdPositionX+3) && (CounterX<=BirdPositionX+9) && (CounterY>=BirdPositionY+27) && (CounterY<=BirdPositionY+30);

BirdYellow <= (CounterX>=BirdPositionX+18) && (CounterX<=BirdPositionX+24) && (CounterY>=BirdPositionY+6) && (CounterY<=BirdPositionY+9)

||          (CounterX>=BirdPositionX+9) && (CounterX<=BirdPositionX+24) && (CounterY>=BirdPositionY+9) && (CounterY<=BirdPositionY+12)

||          (CounterX>=BirdPositionX+6) && (CounterX<=BirdPositionX+24) && (CounterY>=BirdPositionY+12) && (CounterY<=BirdPositionY+15)

||          (CounterX>=BirdPositionX+6) && (CounterX<=BirdPositionX+30) && (CounterY>=BirdPositionY+15) && (CounterY<=BirdPositionY+18)

||          (CounterX>=BirdPositionX+18) && (CounterX<=BirdPositionX+30) && (CounterY>=BirdPositionY+18) && (CounterY<=BirdPositionY+21)

||          (CounterX>=BirdPositionX+3) && (CounterX<=BirdPositionX+6) && (CounterY>=BirdPositionY+21) && (CounterY<=BirdPositionY+24)
||          (CounterX>=BirdPositionX+15) && (CounterX<=BirdPositionX+18) && (CounterY>=BirdPositionY+21) && (CounterY<=BirdPositionY+24)
||          (CounterX>=BirdPositionX+21) && (CounterX<=BirdPositionX+27) && (CounterY>=BirdPositionY+21) && (CounterY<=BirdPositionY+24)

||          (CounterX>=BirdPositionX+18) && (CounterX<=BirdPositionX+24) && (CounterY>=BirdPositionY+24) && (CounterY<=BirdPositionY+27)

||          (CounterX>=BirdPositionX+9) && (CounterX<=BirdPositionX+12) && (CounterY>=BirdPositionY+27) && (CounterY<=BirdPositionY+30)
||          (CounterX>=BirdPositionX+15) && (CounterX<=BirdPositionX+27) && (CounterY>=BirdPositionY+27) && (CounterY<=BirdPositionY+30)

||          (CounterX>=BirdPositionX+15) && (CounterX<=BirdPositionX+30) && (CounterY>=BirdPositionY+30) && (CounterY<=BirdPositionY+33);

BirdRed <= (CounterX>=BirdPositionX+30) && (CounterX<=BirdPositionX+48) && (CounterY>=BirdPositionY+21) && (CounterY<=BirdPositionY+24)

||          (CounterX>=BirdPositionX+27) && (CounterX<=BirdPositionX+30) && (CounterY>=BirdPositionY+24) && (CounterY<=BirdPositionY+27)

||          (CounterX>=BirdPositionX+30) && (CounterX<=BirdPositionX+45) && (CounterY>=BirdPositionY+27) && (CounterY<=BirdPositionY+30);
end
////////////////////////////////////////////////////////////////////////////////////////////////////////////////////////////////////////////
R_Bird_on <= BirdWhite | BirdRed | BirdYellow;
G_Bird_on <=	BirdWhite | BirdYellow;
B_Bird_on <=	BirdWhite;

R_Bird_off <= BirdBlack;
G_Bird_off <= BirdRed | BirdBlack;
B_Bird_off <= BirdRed | BirdYellow | BirdBlack;

end
endmodule